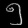
Digit: ၅